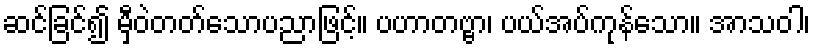
ဆင်ခြင်၍ မှီဝဲတတ်သောပညာဖြင့်။ ပဟာတဗ္ဗာ၊ ပယ်အပ်ကုန်သော။ အာသဝါ၊